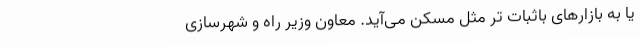
یا به بازارهای باثبات تر مثل مسکن می‌آید. معاون وزیر راه و شهرسازی